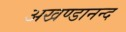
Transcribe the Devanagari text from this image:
अखण्डानन्द